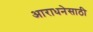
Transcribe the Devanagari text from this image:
आराधनेसाठी